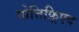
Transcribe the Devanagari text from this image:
गोत्तिफ़्रिएद